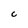
Character: C